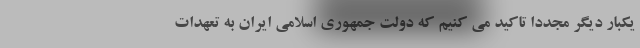
یکبار دیگر مجددا تاکید می کنیم که دولت جمهوری اسلامی ایران به تعهدات